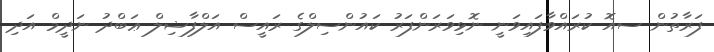
ފަރާތުން ސއޮ ކުރައްވާފައިވަނީ ނޮޅިވަރަންފަރު ކައުންސިލްގެ ރައީސް އަލްފާޟިލް ޢަބްދު ނަދީމް އަދި